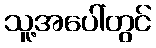
သူ့အပေါ်တွင်